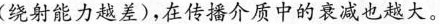
(绕射能力越差)，在传播介质中的衰减也越大。